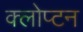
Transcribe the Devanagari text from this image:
क्लोप्टन